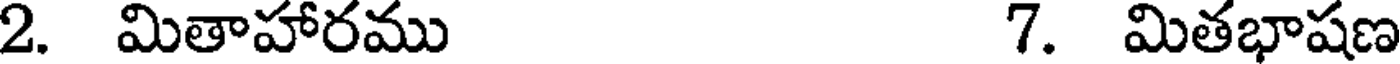
2. మితాహారము 7. మితభాషణ